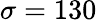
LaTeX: \sigma=130